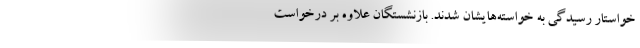
خواستار رسیدگی به خواسته‌هایشان شدند. بازنشستگان علاوه بر درخواست